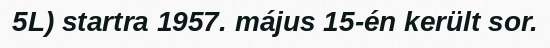
5L) startra 1957. május 15-én került sor.